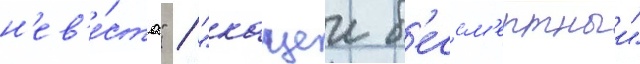
н'ев'е́ста" / "кащеи б'ессм'ертныи"